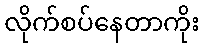
လိုက်စပ်နေတာကိုး